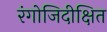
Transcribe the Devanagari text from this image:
रंगोजिदीक्षित